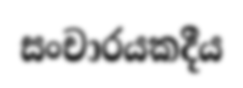
සංචාරයකදීය